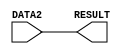
/*
    * CO224 - Computer Architecture
    * Lab 05 - Part 5
    * forward unit
    * Group 09 (E/20/148, E/20/157)
    * 2024-05-15
    * Version 1.0
*/

`timescale 1ns/100ps

// FORWARD unit should simply send an operand value from DATA2 to its output. 
module forward(DATA2, RESULT);
    // Input-output Declaration
    input [7:0] DATA2;
    output [7:0] RESULT;

    // Result
    assign #1 RESULT = DATA2;
endmodule